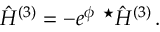
\hat { \cal H } ^ { ( 3 ) } = - e ^ { \phi } \ { } ^ { \star } \hat { \cal H } ^ { ( 3 ) } \, .